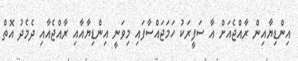
އިންޑިޔާއިން ރާއްޖެއަށް އާ ސަފީރަކު ހަމަޖައްސާފައި މިވަނީ އިންޑިޔާއާއި ރާއްޖެއާއި ދެމެދު އޮތް